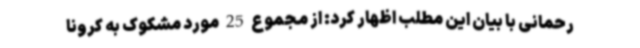
رحمانی با بیان این مطلب اظهار کرد: از مجموع 25 مورد مشکوک به کرونا